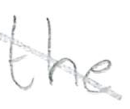
Text: the
Cross-out: diagonal
Writing tool: pencil